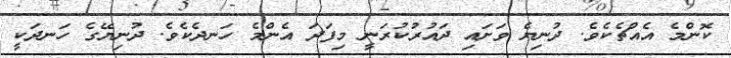
ކޮންމެ އެއްޗެކެވެ. ދުނިޔެ ވަށައި ދައުރުކުރަނީ މިފަދަ އެންމެ ހަނދެކެވެ. ދުނިޔޭގެ ހަނދަކީ